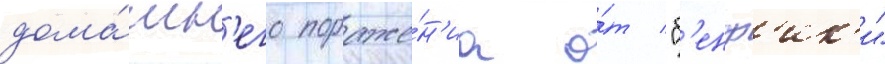
дома́шн'его пораже́н'иа о́т "б'енф'ик'и"